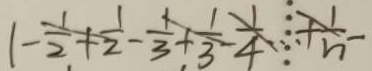
1 - \frac { 1 } { 2 } + \frac { 1 } { 2 } - \frac { 1 } { 3 } + \frac { 1 } { 3 } - \frac { 1 } { 4 } \cdots + \frac { 1 } { n } -